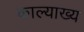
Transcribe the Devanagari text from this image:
काल्याख्य